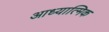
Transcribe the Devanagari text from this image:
आध्‍यात्मिक